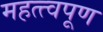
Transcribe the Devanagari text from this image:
महत्त्वपूण